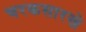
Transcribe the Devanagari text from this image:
चरकसारखे